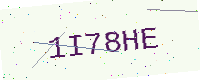
Text: 1I78HE